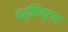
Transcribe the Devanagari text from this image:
वर्किंग्टन